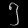
Digit: ၅